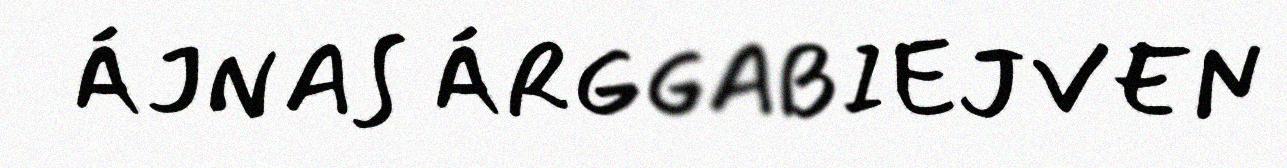
ÁJNAS ÁRGGABIEJVEN